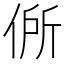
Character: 𬾟